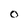
Character: O